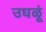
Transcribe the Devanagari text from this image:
उधळूं